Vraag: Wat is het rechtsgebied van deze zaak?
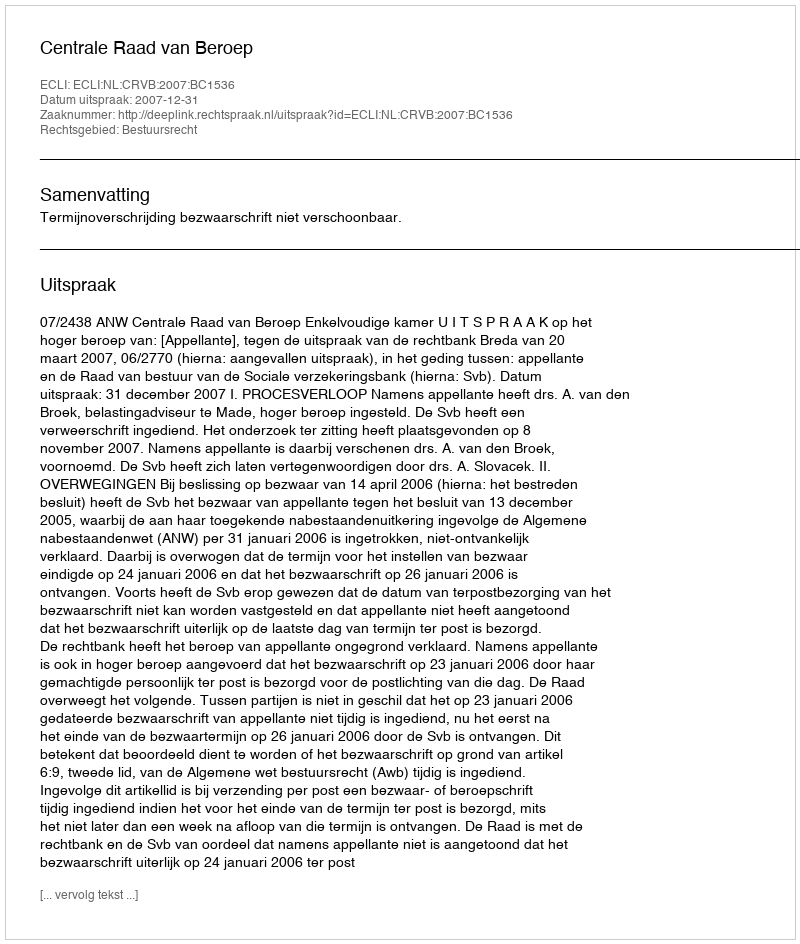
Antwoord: Bestuursrecht